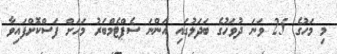
މި މަހުގެ 25 ވަނަ ދުވަހުގެ ބަދަލުގައި އަންނަ ސެޕްޓެމްބަރު މަހަށް ފަސްކޮށްފައިވާ